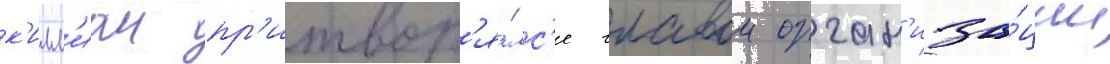
к'илл'иан пр'итвор'я́лс'я главои орган'иза́ции